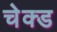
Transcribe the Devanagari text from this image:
चेक्ड